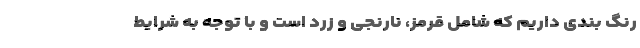
رنگ ‌بندی داریم که شامل قرمز، نارنجی و زرد است و با توجه به شرایط